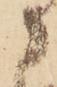
に